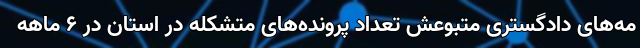
مه‌های دادگستری متبوعش تعداد پرونده‌های متشکله در استان در ۶ ماهه